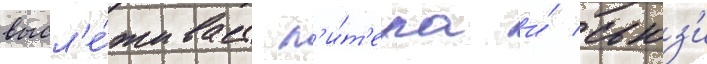
высл'е́живает п'и́т'ера и́ сьюз'и